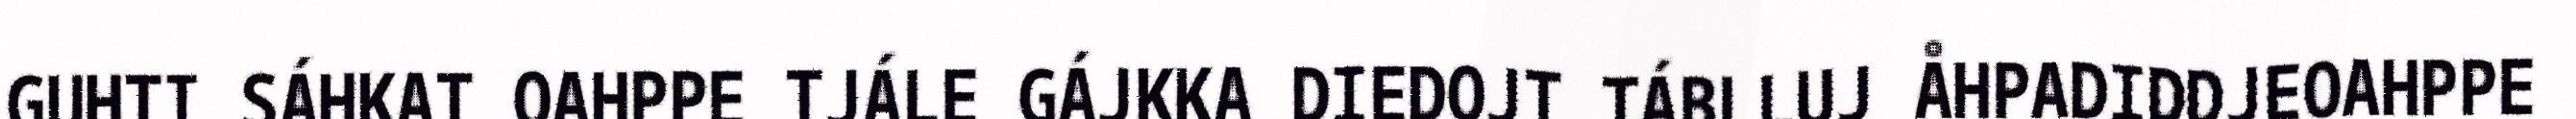
GUHTI SÁHKAT OAHPPE TJÁLE GÁJKKA DIEDOJT TÁBLLUJ ÅHPADIDDJEOAHPPE